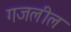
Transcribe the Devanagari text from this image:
गजलील